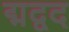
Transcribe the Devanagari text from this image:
द्मद्वद